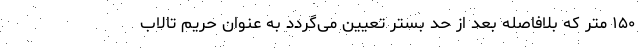
۱۵۰ متر که بلافاصله بعد از حد بستر تعیین می‌گردد به عنوان حریم تالاب